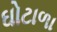
ઘોટાળા